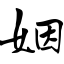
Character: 姻